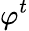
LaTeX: \varphi^{t}